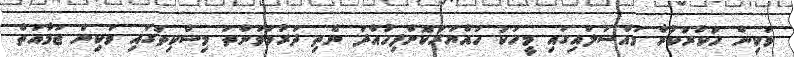
ވަކިން ހުކުރުކުރާ މައްސަލައިގައި މީހަކު ހައްޔަރުކޮށްފިހުއްދަ ނެތި ދަރުމަވަންތަ މިސްކިތުގައި ވަކިން ޖަމާއަތް